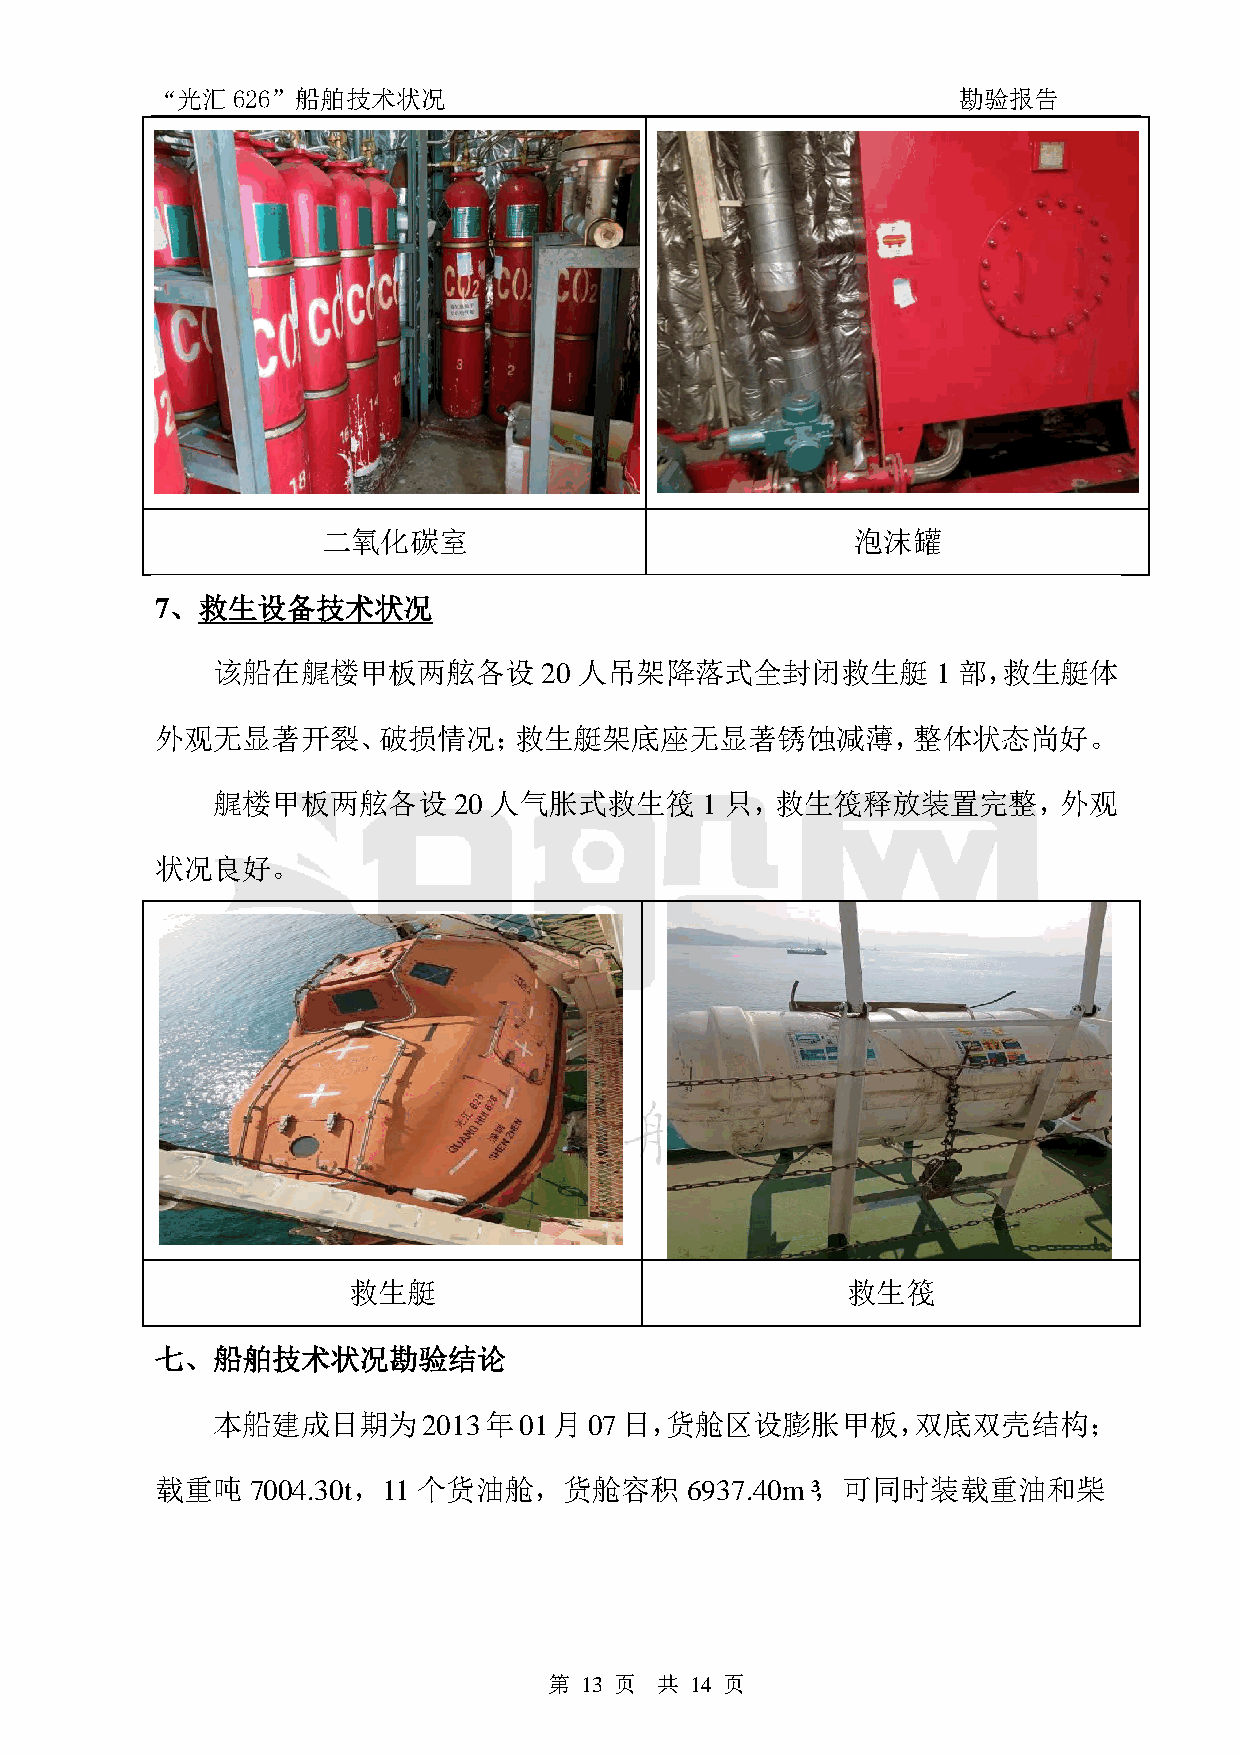
“光汇626”船舶技术状况                                        勘验报告
 二氧化碳室                               泡沫罐
 7、救生设备技术状况
 该船在艉楼甲板两舷各设           20 人吊架降落式全封闭救生艇           1 部，救生艇体
 外观无显著开裂、破损情况；救生艇架底座无显著锈蚀减薄，整体状态尚好。
 艉楼甲板两舷各设        20 人气胀式救生筏      1 只，救生筏释放装置完整，外观
 状况良好。
 救生艇                              救生筏
 七、船舶技术状况勘验结论
 本船建成日期为2013年01月07日，货舱区设膨胀甲板，双底双壳结构；
 载重吨    7004.30t，11 个货油舱，货舱容积       6937.40m³，可同时装载重油和柴
 第 13 页 共  14 页